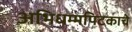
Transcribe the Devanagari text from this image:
अभिधम्मपिटकाचे